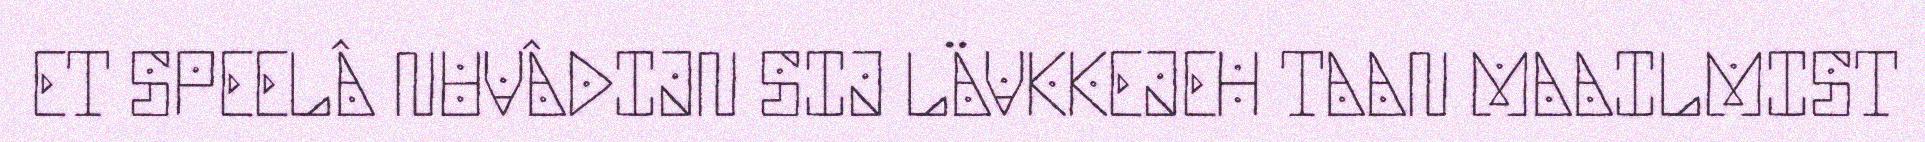
ET SPEELÂ NUVÂDIJN SIJ LÄVKKEJEH TAAN MAAILMIST